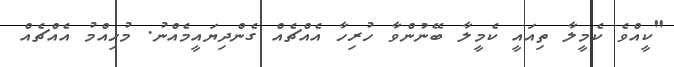
"ކީއްވެ ކެމީލާ ތިއައީ ކެމީލާ ބޭނުންވާ ހުރިހާ އެއްޗެއް ގެންދިޔައީމެއްނު. މުހިއްމު އެއްޗެއް